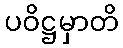
ပဝိဋ္ဌမှာတိ